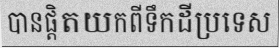
បានផ្តិតយកពីទឹកដីប្រទេស